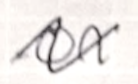
Text: on
Cross-out: mix
Writing tool: ballpoint